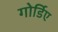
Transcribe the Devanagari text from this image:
गोर्डिए